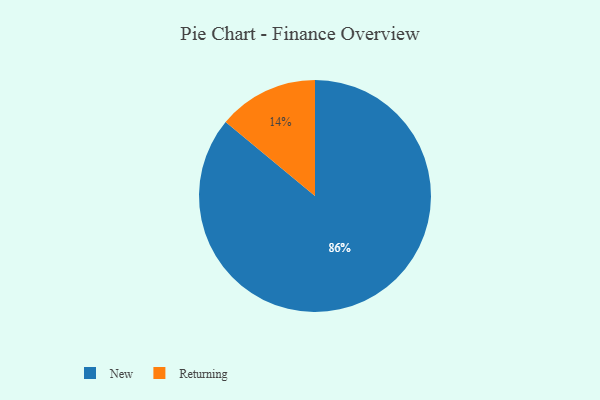
{"axis": {"x": "Category", "y": "Percentage"}, "legend": ["New", "Returning"], "data": [{"x": "Returning", "y": 14, "type": "Returning"}, {"x": "New", "y": 86, "type": "New"}]}